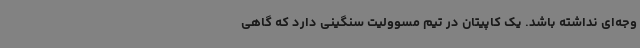
وجه‌ای نداشته باشد. یک کاپیتان در تیم مسوولیت سنگینی دارد که گاهی